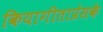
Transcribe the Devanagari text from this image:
कियागीताप्रेसके